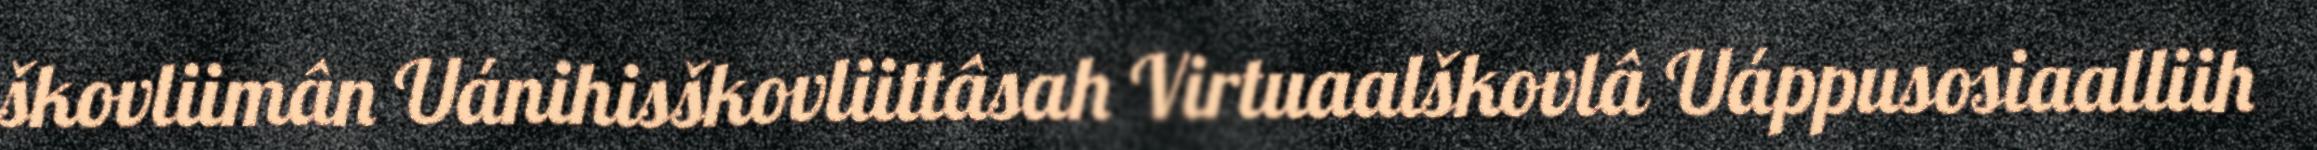
škovliimân Uánihisškovliittâsah Virtuaalškovlâ Uáppusosiaalliih